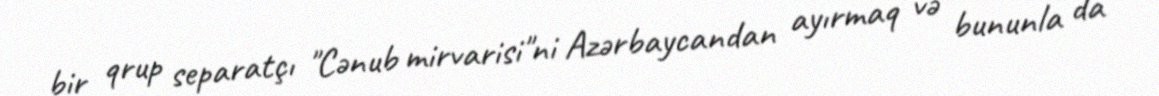
bir qrup separatçı "Cənub mirvarisi"ni Azərbaycandan ayırmaq və bununla da